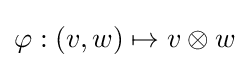
{\varphi }:(v,w)\mapsto v\otimes w